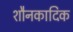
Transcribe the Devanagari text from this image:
शौनकादिक